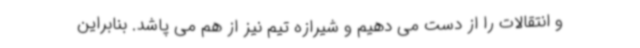
و انتقالات را از دست می دهیم و شیرازه تیم نیز از هم می پاشد. بنابراین